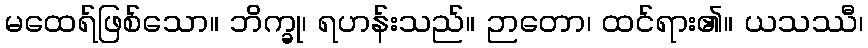
မထေရ်ဖြစ်သော။ ဘိက္ခု၊ ရဟန်းသည်။ ဉာတော၊ ထင်ရား၏။ ယသဿီ၊